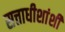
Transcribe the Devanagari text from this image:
सत्ताधीशांशी